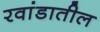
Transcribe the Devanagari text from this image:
रवांडातील